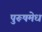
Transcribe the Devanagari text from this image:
पुरूषमेध